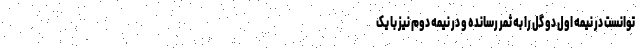
توانست در نیمه اول دو گل را به ثمر رسانده و در نیمه دوم نیز با یک